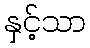
နှင့်သာ